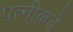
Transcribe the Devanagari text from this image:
पत्नीकडे